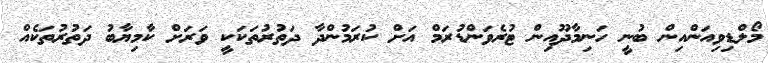
މޯލްޑިވިއަންއިން ބުނީ ހަނިމާދޫއިން ޓުރެވަންޑުރަމް އަށް ކުރަމުންދާ ދަތުރުތަކަކީ ވަރަށް ކާމިޔާބު ދަތުރުތަކެއް